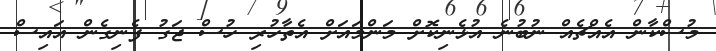
މުސްކާން އެއްޗެއް ނުބުނެ އުޅެނިކޮށް މަންމައަށް އެތާހުރި ހުސް ޖަގު ފެނިގެން އައިސް